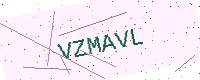
Text: VZMAVL